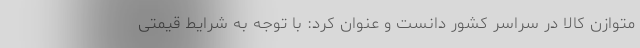
متوازن کالا در سراسر کشور دانست و عنوان کرد: با توجه به شرایط قیمتی